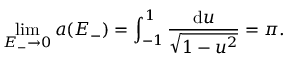
\operatorname* { l i m } _ { E _ { - } \to 0 } a ( E _ { - } ) = \int _ { - 1 } ^ { 1 } \frac { \mathrm { d } u } { \sqrt { 1 - u ^ { 2 } } } = \pi .